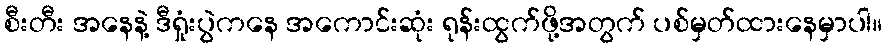
စီးတီး အနေနဲ့ ဒီရှုံးပွဲကနေ အကောင်းဆုံး ရုန်းထွက်ဖို့အတွက် ပစ်မှတ်ထားနေမှာပါ။